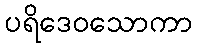
ပရိဒေဝသောကာ